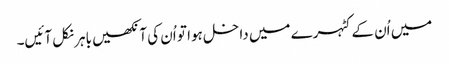
میں اُن کے کٹہرے میں داخل ہوا تو اُن کی آنکھیں باہر نکل آئیں۔